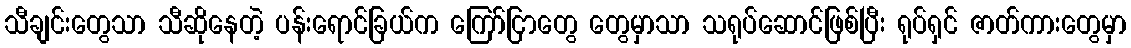
သီချင်းတွေသာ သီဆိုနေတဲ့ ပန်းရောင်ခြယ်က ကြော်ငြာတွေ တွေမှာသာ သရုပ်ဆောင်ဖြစ်ပြီး ရုပ်ရှင် ဇာတ်ကားတွေမှာ